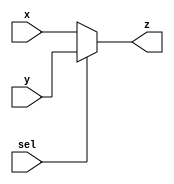
//2:1 MUX
module Mux2to1(x,y,sel,z);
input x,y,sel;
output reg z;
always @(*)
if(sel==1)
begin
z=y;
end
else
begin
z=x;
end
endmodule

//Testbench
module tb_mux2to1;
reg x,y,sel;
wire z;
Mux2to1 M2to1 (x,y,sel,z);

initial 
begin
$monitor("T=%2d, x=%b,y=%b,sel=%b, z=%b",$time, x,y,sel,z);
#5 sel=0; x=0; y=1;
#5 sel=1; x=0; y=1;
end
endmodule